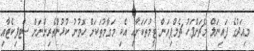
މިއަދުގެ ފައިނަލް މެޗަށްފަހު ޗެމްޕިއަން ޓީމުތަކަށާއި އެކި މަގާމުތަކަށް ހޮވުނު ކުޅުންތެރިންނަށް ސްޓފިކެޓާއި